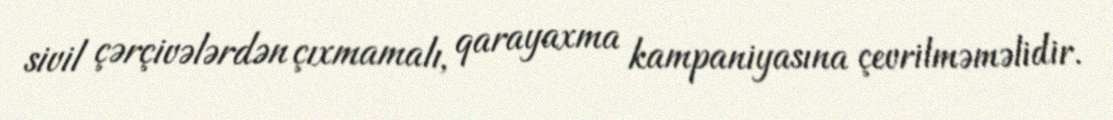
sivil çərçivələrdən çıxmamalı, qarayaxma kampaniyasına çevrilməməlidir.